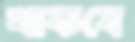
খাকবে